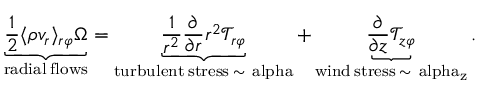
\underbrace { \frac { 1 } { 2 } \langle \rho v _ { r } \rangle _ { r \varphi } \Omega } _ { \mathrm { r a d i a l \: f l o w s } } = \underbrace { \frac { 1 } { r ^ { 2 } } \frac { \partial } { \partial r } r ^ { 2 } \mathcal { T } _ { r \varphi } } _ { \mathrm { t u r b u l e n t \: s t r e s s \: \sim \ a l p h a } } + \underbrace { \frac { \partial } { \partial z } \mathcal { T } _ { z \varphi } } _ { \mathrm { w i n d \: s t r e s s \: \sim \ a l p h a _ { z } } } .